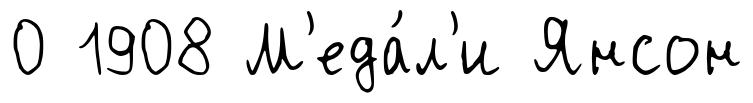
0 1908 М'еда́л'и Янсон